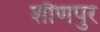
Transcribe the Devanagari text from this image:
शौणपुर